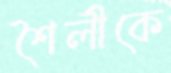
শৈলীকে